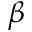
\beta